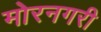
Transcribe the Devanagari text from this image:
मोरनगरी